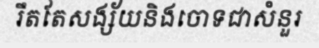
រឹតតែសង្ស័យនិងចោទជាសំនួរ